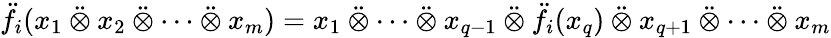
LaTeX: \ddot{f}_{i}(x_{1}\mathbin{\ddot{\otimes}}x_{2}\mathbin{\ddot{\otimes}}\cdots\mathbin{\ddot{\otimes}}x_{m})=x_{1}\mathbin{\ddot{\otimes}}\cdots\mathbin{\ddot{\otimes}}x_{q-1}\mathbin{\ddot{\otimes}}\ddot{f}_{i}(x_{q})\mathbin{\ddot{\otimes}}x_{q+1}\mathbin{\ddot{\otimes}}\cdots\mathbin{\ddot{\otimes}}x_{m}